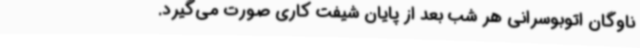
ناوگان‌ اتوبوسرانی هر شب‌ بعد از پایان‌ شیفت‌ کاری‌ صورت می‌گیرد.